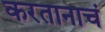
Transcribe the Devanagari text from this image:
करतानाचं